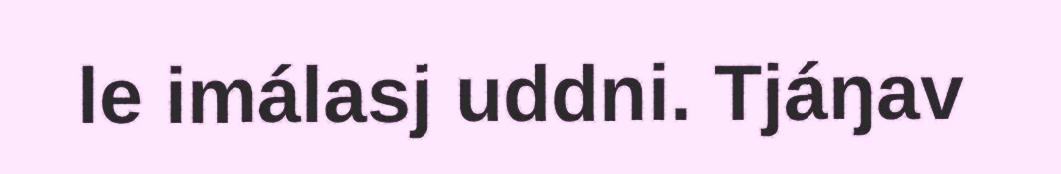
le imálasj uddni. Tjáŋav